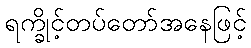
ရက္ခိုင့်တပ်တော်အနေဖြင့်